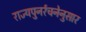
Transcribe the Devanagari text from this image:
राज्यपुनर्रचनेनुसार